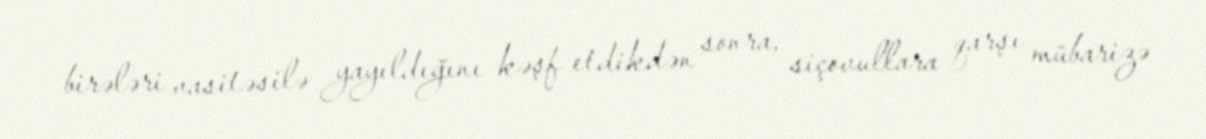
birələri vasitəsilə yayıldığını kəşf etdikdən sonra, siçovullara qarşı mübarizə